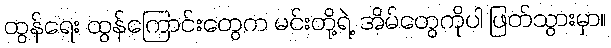
ထွန်ရေး ထွန်ကြောင်းတွေက မင်းတို့ရဲ့ အိမ်တွေကိုပါ ဖြတ်သွားမှာ။